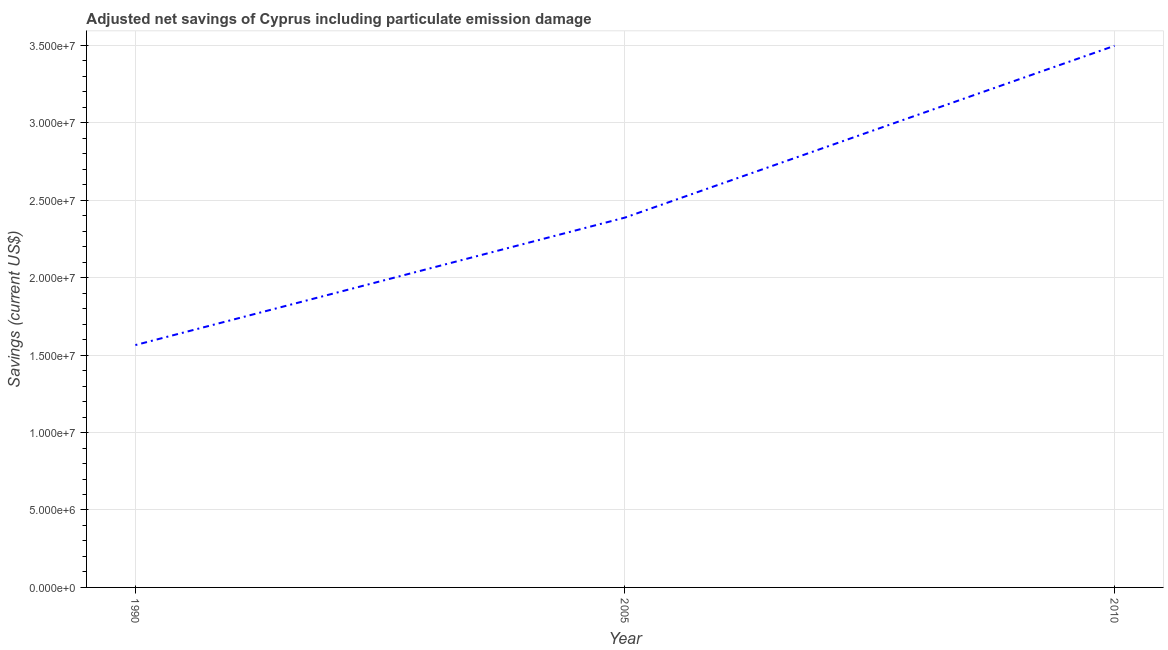
| Year | Adjusted savings: particulate emission damage (current US$) |
 | --- | --- |
 | 1990 | 1.57e+07 |
 | 2005 | 2.39e+07 |
 | 2010 | 3.5e+07 |